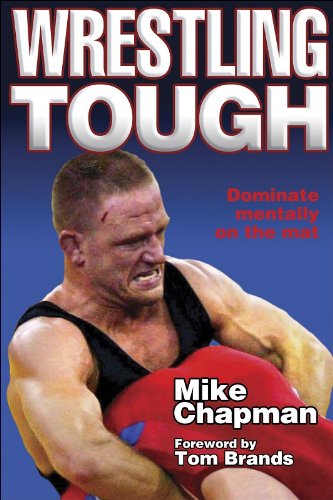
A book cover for Wrestling Tough; Mike Chapman; Sports & Outdoors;